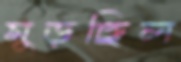
মুড়ছিল